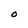
Character: O